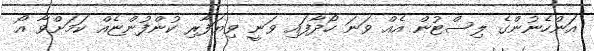
އަންހެނުންގެ ލިސްޓުން އެއް ވަނަ ހޯދާފައި ވަނީ ވިޔަފާރި ކުންފުންޏެއް ކަމަށްވާ އޯ